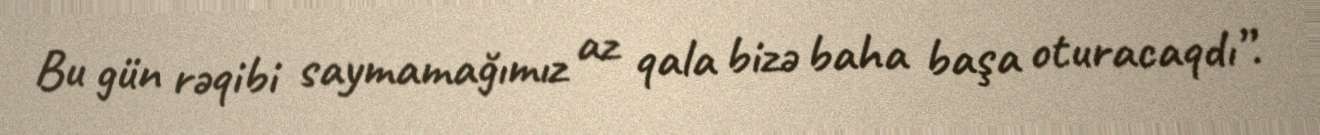
Bu gün rəqibi saymamağımız az qala bizə baha başa oturacaqdı”.